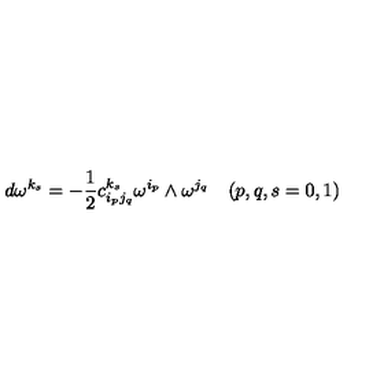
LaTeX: d \omega ^ { k _ { s } } = - \frac { 1 } { 2 } c _ { i _ { p } j _ { q } } ^ { k _ { s } } \omega ^ { i _ { p } } \wedge \omega ^ { j _ { q } } \quad ( p , q , s = 0 , 1 )